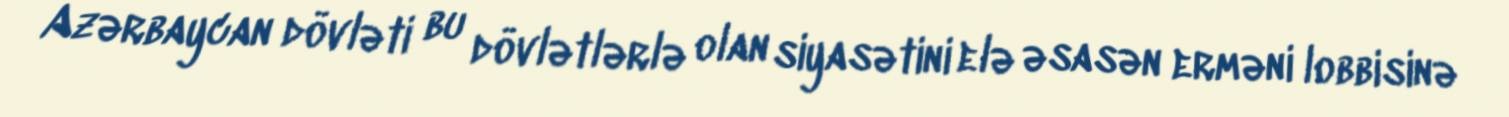
Azərbaycan dövləti bu dövlətlərlə olan siyasətini elə əsasən erməni lobbisinə